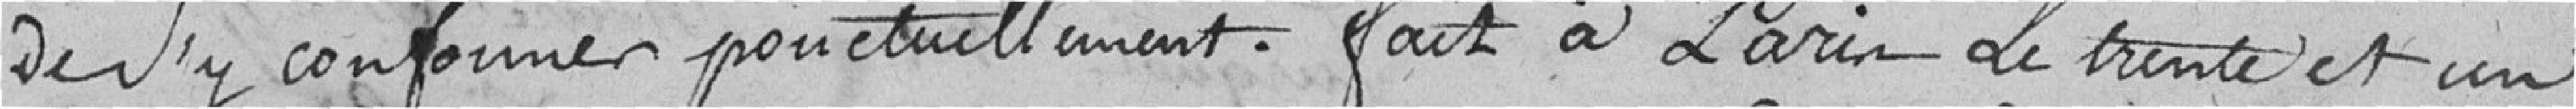
de s'y conformer ponctuellement. Fait à Paris le trente et un